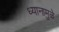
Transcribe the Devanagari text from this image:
ध्यानामुळे